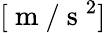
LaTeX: [\mathrm{~m~}/\mathrm{~s~}^{2}]